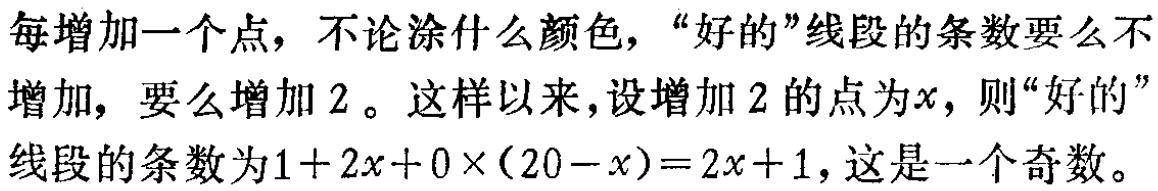
每增加一个点，不论涂什么颜色，“好的”线段的条数要么不增加，要么增加 \(2\)。这样以来，设增加 \(2\) 的点为 \(x\)，则“好的”线段的条数为 \(1 + 2x + 0\times(20 - x)=2x + 1\)，这是一个奇数。